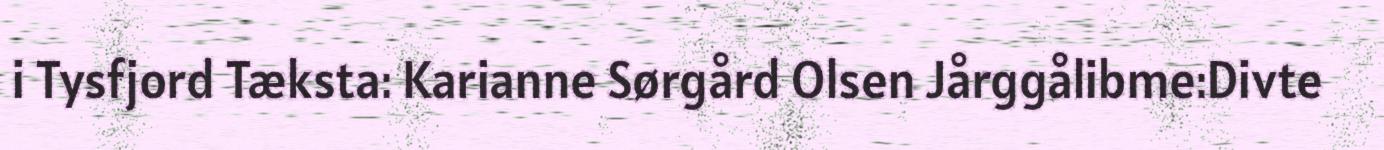
i Tysfjord Tæksta: Karianne Sørgård Olsen Jårggålibme:Divte